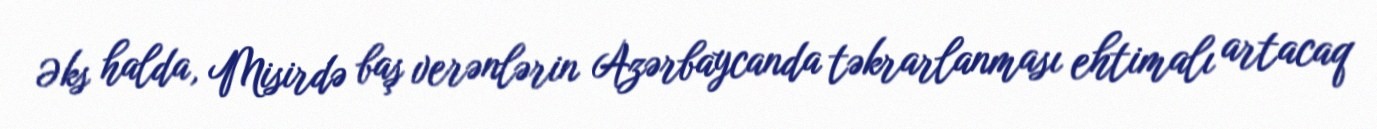
Əks halda, Misirdə baş verənlərin Azərbaycanda təkrarlanması ehtimalı artacaq